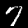
Label: 7